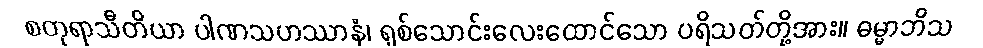
စတုရာသီတိယာ ပါဏသဟဿာနံ၊ ရှစ်သောင်းလေးထောင်သော ပရိသတ်တို့အား။ ဓမ္မာဘိသ